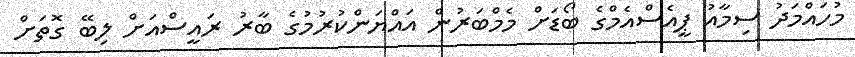
މުހައްމަދު ސިމާއު ޕީއެސްއެމްގެ ބޯޑަށް މެމްބަރުން އައްޔަންކުރުމުގެ ބާރު ރައީސްއަށް ލިބޭ ގޮތަށް